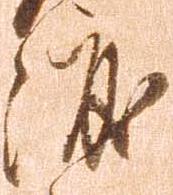
渡